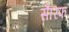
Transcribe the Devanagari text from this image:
सैरिफ